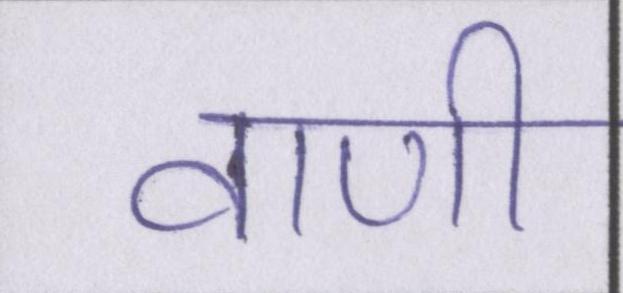
वाणी